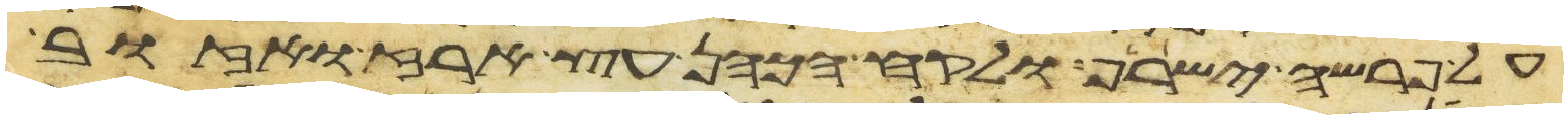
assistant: על פרשה ישרף ולקח הכהן עץ ארז ואזוב